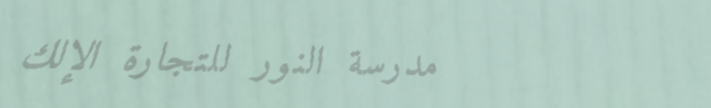
مدرسة النور للتجارة الإلك